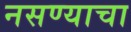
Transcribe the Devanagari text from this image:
नसण्याचा